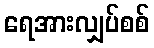
ရေအားလျှပ်စစ်